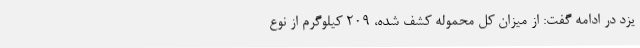
یزد در ادامه گفت:‌ از میزان کل محموله کشف شده، 209 کیلوگرم از نوع